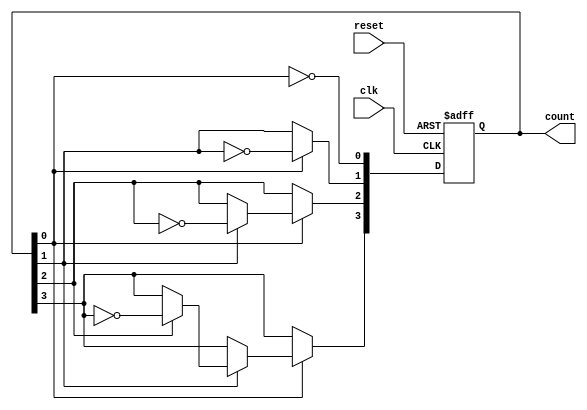
module async_ripple_counter (
    input wire clk,       // Clock input for the first flip-flop
    input wire reset,     // Asynchronous reset signal
    output reg [3:0] count // 4-bit output count
);

// T flip-flop behavior
always @(posedge clk or posedge reset) begin
    if (reset) begin
        count <= 4'b0000; // Reset the counter to 0
    end else begin
        count[0] <= ~count[0]; // Toggle LSB
        if (count[0] == 1'b1) begin
            count[1] <= ~count[1]; // Toggle next flip-flop if LSB is 1
            if (count[1] == 1'b1) begin
                count[2] <= ~count[2]; // Toggle next flip-flop if second LSB is 1
                if (count[2] == 1'b1) begin
                    count[3] <= ~count[3]; // Toggle MSB if third LSB is 1
                end
            end
        end
    end
end

endmodule